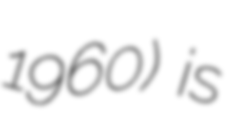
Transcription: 1960) is